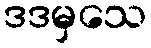
ဒဒမှသေ